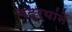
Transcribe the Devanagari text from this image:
गद्र्‍यांने